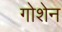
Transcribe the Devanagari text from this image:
गोशेन